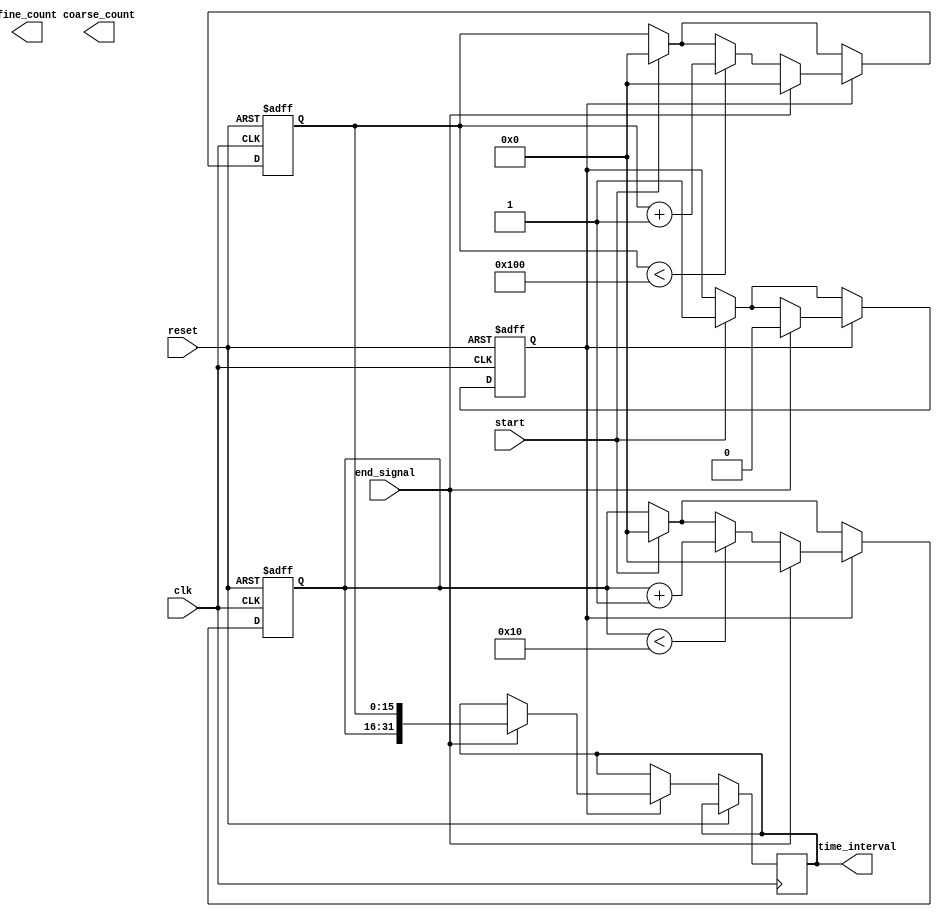
module TDC (
    input wire clk,               // System clock
    input wire reset,             // Asynchronous reset
    input wire start,             // Start signal
    input wire end_signal,        // End signal
    output reg [15:0] coarse_count, // Coarse count output
    output reg [15:0] fine_count,   // Fine count output
    output reg [31:0] time_interval  // Combined time interval output
);

// Parameters for the delay lines
parameter COARSE_DELAY_ELEMENTS = 16; // Number of coarse delay elements
parameter FINE_DELAY_ELEMENTS = 256;   // Number of fine delay elements

// Internal signals
reg [15:0] coarse_counter;            // Coarse counter
reg [15:0] fine_counter;              // Fine counter
reg measuring;                        // Measurement state
reg [15:0] memory_coarse [0:7];      // Memory block for coarse counts
reg [15:0] memory_fine [0:7];        // Memory block for fine counts
integer memory_index;                 // Index for memory storage

// Coarse and Fine Delay Line Simulation
reg [COARSE_DELAY_ELEMENTS-1:0] coarse_delay_line;
reg [FINE_DELAY_ELEMENTS-1:0] fine_delay_line;

// Control Logic
always @(posedge clk or posedge reset) begin
    if (reset) begin
        coarse_counter <= 0;
        fine_counter <= 0;
        measuring <= 0;
        memory_index <= 0;
    end else begin
        if (start) begin
            measuring <= 1;
            coarse_counter <= 0;
            fine_counter <= 0;
        end
        
        if (measuring) begin
            // Simulate the counting through coarse delay line
            if (coarse_counter < COARSE_DELAY_ELEMENTS) begin
                coarse_counter <= coarse_counter + 1;
                coarse_delay_line[coarse_counter] <= 1'b1; // Simulating delay
            end
            
            // Simulate the counting through fine delay line
            if (fine_counter < FINE_DELAY_ELEMENTS) begin
                fine_counter <= fine_counter + 1;
                fine_delay_line[fine_counter] <= 1'b1; // Simulating delay
            end
            
            // Stop counting on end signal
            if (end_signal) begin
                measuring <= 0;
                // Store the counts in memory
                if (memory_index < 8) begin
                    memory_coarse[memory_index] <= coarse_counter;
                    memory_fine[memory_index] <= fine_counter;
                    memory_index <= memory_index + 1;
                end
                // Combine counts for time interval
                time_interval <= {coarse_counter, fine_counter};
                
                // Reset counters for next measurement
                coarse_counter <= 0;
                fine_counter <= 0;
            end
        end
    end
end

endmodule